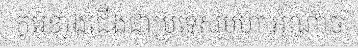
កូរ៉េខាងជើងជាប្រទេសមហាអំណាច